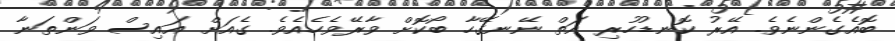
ބޮއެގެންނެވެ. އޭރު ކޮނޑުހުރި އަތް ނޭނގޭހާ ބޯކޮށް ވާރޭވެހެއެވެ. ގެއަށް އައިސް ވަންތަނާ